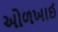
ઓળખાઈ